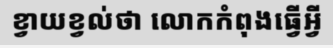
ខ្វាយខ្វល់ថា លោកកំពុងធ្វើអ្វី